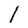
Character: l